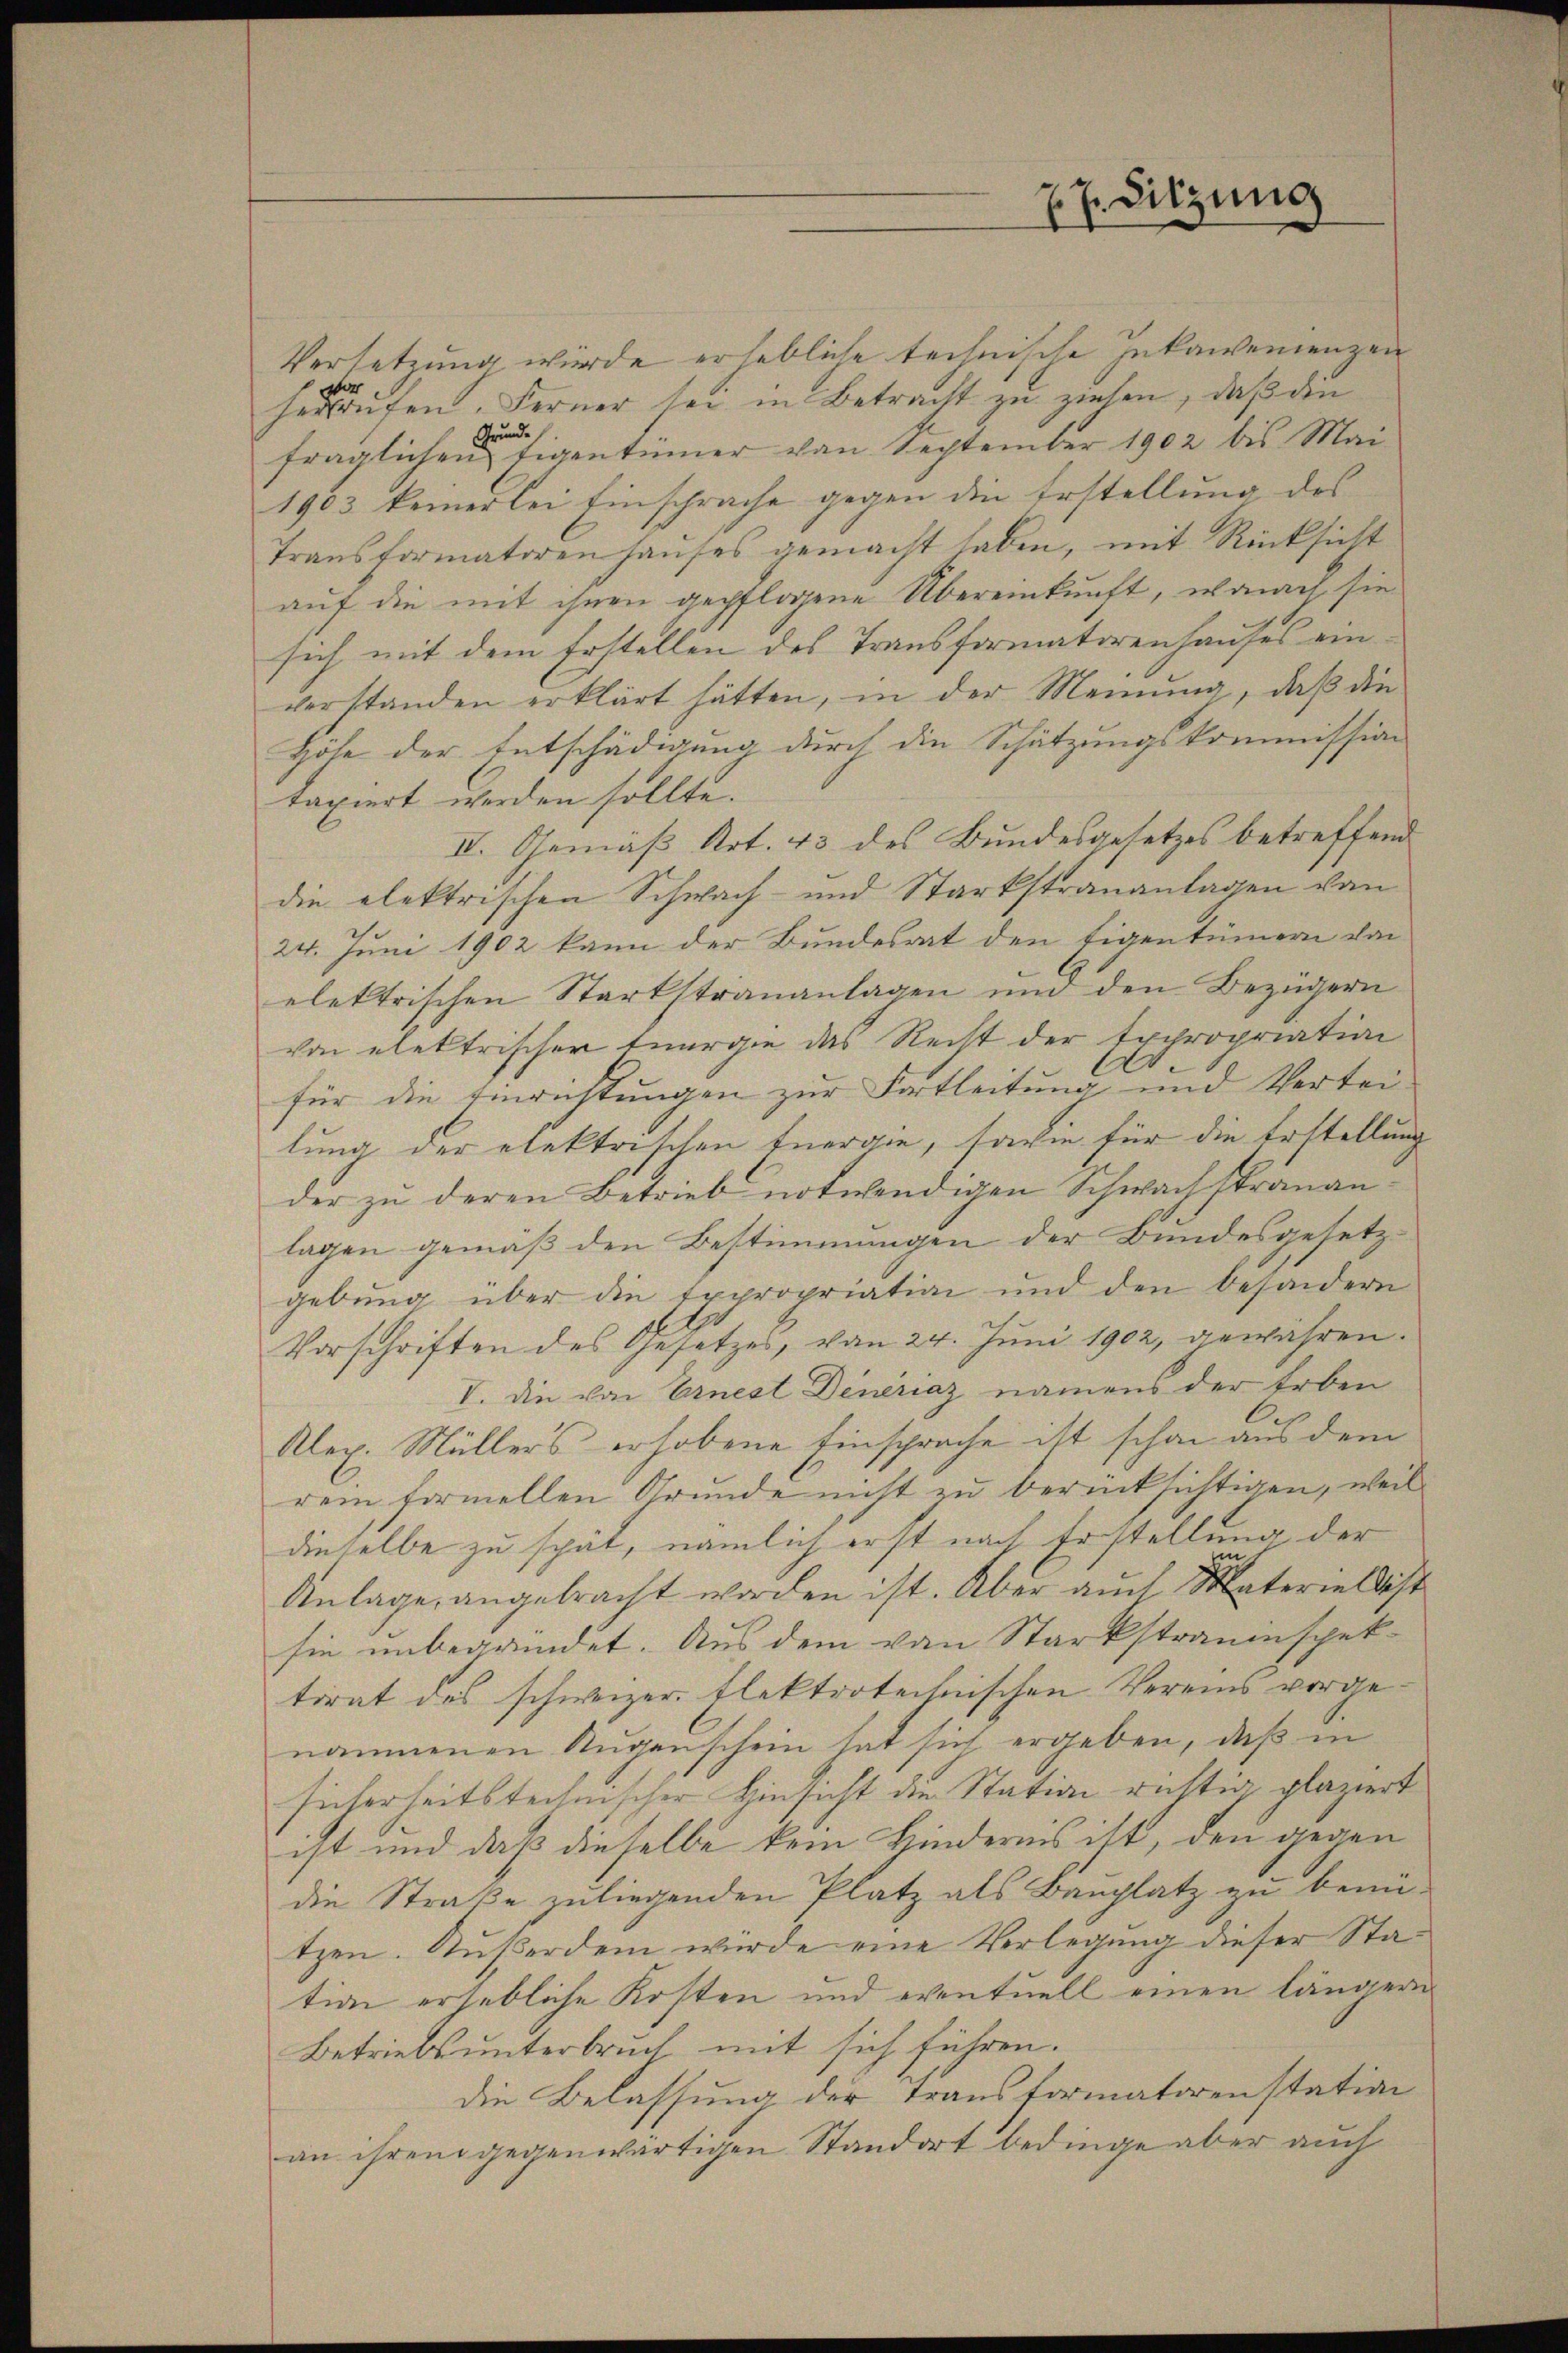
Versetzung wurde erhebliche technische Inkawvenienzen
herungen. Ferner sei in Betracht zu ziehen, daß die
Grundfraglichen Eigentümer von September 1902 bis Mai-
1903 keinerlei Einschrache gegen die Erstellung des
Transformatoren hauses gemacht haben, mit Rücksicht
auf die mit ihnen gepflogene Übereinkunft, wonach sie
sich mit dem Erstellen des Transformatorenhauses ein
verstanden erklärt hätten, in der Meinung, daß die
Höhe der Entschädigung durch die Schätzungskommission
taxiert werden sollte.
IV. Gemäß Art. 43 des Bundesgesetzes betreffend
die elektrischen Schwach- und Starkstrananlagen von
24. Juni 1902 kann der Bundesrat den Eigentümern von
elektrischen Starkstrananlagen und den Bezügern
von elektrischer Energie das Recht der Expropriation
für die Einrichtungen zur Fortleitung und Vertei-
lung der elektrischen Energie, sowie für die Erstellung
der zu deren Betrieb notwendigen Schwachstrananlagen gemäß den Bestimmungen der Bundesgesetzgebung über die Expropriation und den besondern
Vorschriften des Gesetzes, von 24. Juni 1902, gewähren.
V. Die von Ernest Deneraz namens der Erben
Klex. Müllers erhobene Einsprache ist schon aus dem
rem formellen Grunde nicht zu berücksichtigen, weil
dieselbe zu spät, nämlich erst nach Erstellung, der
1
Anlage, angebracht worden ist. Aber auch Materiellist
sie unbegründet. Aus dem von Starkstrauinspektirat des schweizer flektrotechnischen Vereins vorgenommenen Augenschein hat sich ergeben, daß in
sicherheitstechnischer Hinsicht die Station richtig plaziert
ist und daß dieselbe kein Kindernis ist, den gegen
die Straße zuliegenden Platz als Bauplatz zu bemützen. Außerdem wurde eine Verlegung dieser Station erhebliche Kosten und eventuell einen längern
Betriebs unterbruch mit sich führen.
die Belassung der Transformatorenstation
an ihrem gegenwärtigen Standort bedinge aber auch

77. Sitzung
.